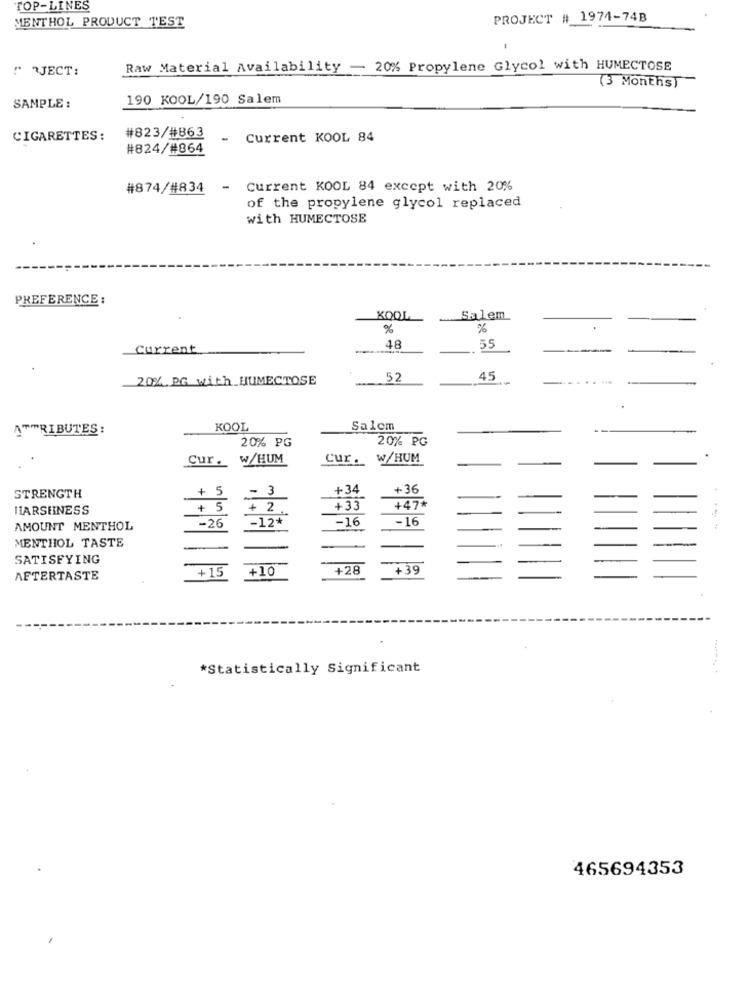
TOP-LINES
PROJECT # 1974-74B
MENTHOL PRODUCT TEST
-
" RJECT:
Raw Material Availability - 20% Propylene Glycol with HUMECTOSE
(3 Months)
190 KOOL/190 Salem
SAMPLE :
CIGARETTES:
#823/#863
- Current KOOL 84
#824/#864
#874/#834
- Current KOOL 84 except with 20%
of the propylene glycol replaced
with HUMECTOSE
PREFERENCE :
KOOL
Salem
%
%
Current
48
55
20% De with BUNECLOSE
52
45
ATTRIBUTES :
KOOL
Salem
20% PG
20% PG
Cur.
W/HUM
Cur.
W/HUM
- 3
+34
+36
STRENGTH
+ 5
HARSHNESS
+ 5
+ 2
+33
+47*
-26
-12*
-16
-16
AMOUNT MENTHOL
:
MENTHOL TASTE
SATISFYING
+15
+10
+28
+39
AFTERTASTE
*Statistically Significant
465694353